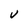
Character: v